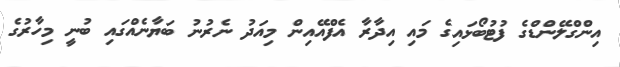
އިންގްލޭންޑްގެ ފުޓުބޯޅައިގެ މައި އިދާރާ އެފްއޭއިން މިއަދު ނެރުނު ބަޔާނެއްގައި ބުނީ މިހާރުގެ